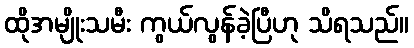
ထိုအမျိုးသမီး ကွယ်လွန်ခဲ့ပြီဟု သိရသည်။